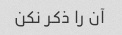
آن را ذکر نکن